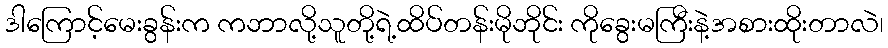
ဒါကြောင့်မေးခွန်းက ကဘာလို့သူတို့ရဲ့ထိပ်တန်းမိုဘိုင်း ကိုခွေးမကြီးနဲ့အစားထိုးတာလဲ၊